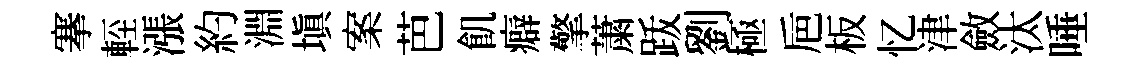
搴䡖漲約淵填案芭飢癖擎䔥䟦劉極巵板忆津斂汰唾